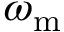
\omega _ { \mathrm { m } }